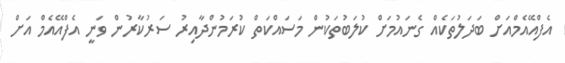
އެފްއޭއެމްއަށް ބަދަލުތަކެއް ގެނައުމަށް ކުލަބުތަކުން މަސައްކަތް ކުރަމުންދާއިރު ސަރުކާރުން ވަނީ އެފްއޭއެމް އަށް